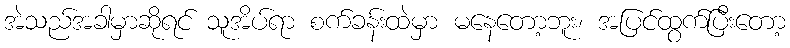
အဲသည်အခါမှာဆိုရင် သူအိပ်ရာ စက်ခန်းထဲမှာ မနေတော့ဘူး၊ အပြင်ထွက်ပြီးတော့